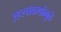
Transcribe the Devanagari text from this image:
रहस्यकथांमुळे